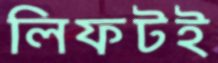
লিফটই